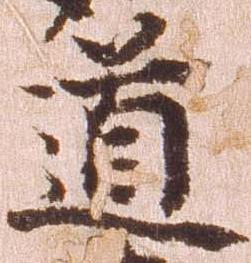
道